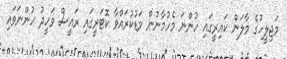
މަޖިލީހުގެ މާލަން ކައިރީގައި ހުންނަ މެހުމާނުން މަޑުކުރައްވާ ކޮޓަރީގައި ރައީސް ވަހީދު ހުންނަވައި